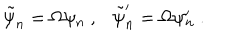
\tilde { \psi } _ { n } = \Omega \psi _ { n } ~ , \tilde { \psi } _ { n } ^ { \prime } = \Omega \psi _ { n } ^ { \prime } ~ .